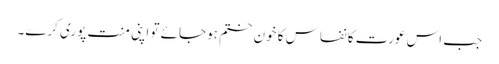
جب اس عورت کا نفاس کا خون ختم ہوجائے تو اپنی منت پوری کرے۔